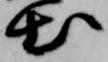
出